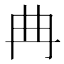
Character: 𱏺